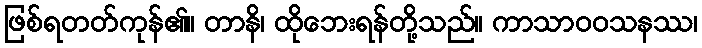
ဖြစ်ရတတ်ကုန်၏။ တာနိ၊ ထိုဘေးရန်တို့သည်။ ကာသာဝဝသနဿ၊